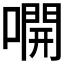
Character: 𫫭